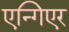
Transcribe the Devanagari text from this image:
एन्गिएर